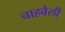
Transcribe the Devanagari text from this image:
चाहवेली